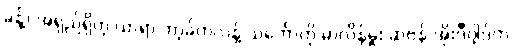
ခန့်) အရှည်ရှိတဲ့ ယာရာ ဘာ့ခ်ကလန့် သင်္ဘောကို မာလိန်မှူး ဆဗန် အိုးဒီဂါ့ဒ်က